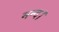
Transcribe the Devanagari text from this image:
मन्द।